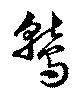
鷲